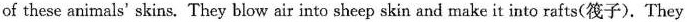
of these animals' skins. They blow air into sheep skin and make it into rafts(筏子).They